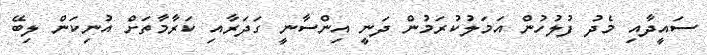
ސައީދާއި މެދު ފުލުހުން އަމަލުކުރަމުން ދަނީ އިންސާނީ ގަދަރާއި ކަރާމާތަށް އުނިކަން ލިބޭ